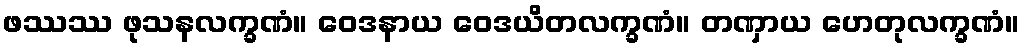
ဖဿဿ ဖုသနလက္ခဏံ။ ဝေဒနာယ ဝေဒယိတလက္ခဏံ။ တဏှာယ ဟေတုလက္ခဏံ။